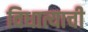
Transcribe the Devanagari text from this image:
विधात्याची